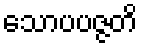
သောပပဇ္ဇတိ